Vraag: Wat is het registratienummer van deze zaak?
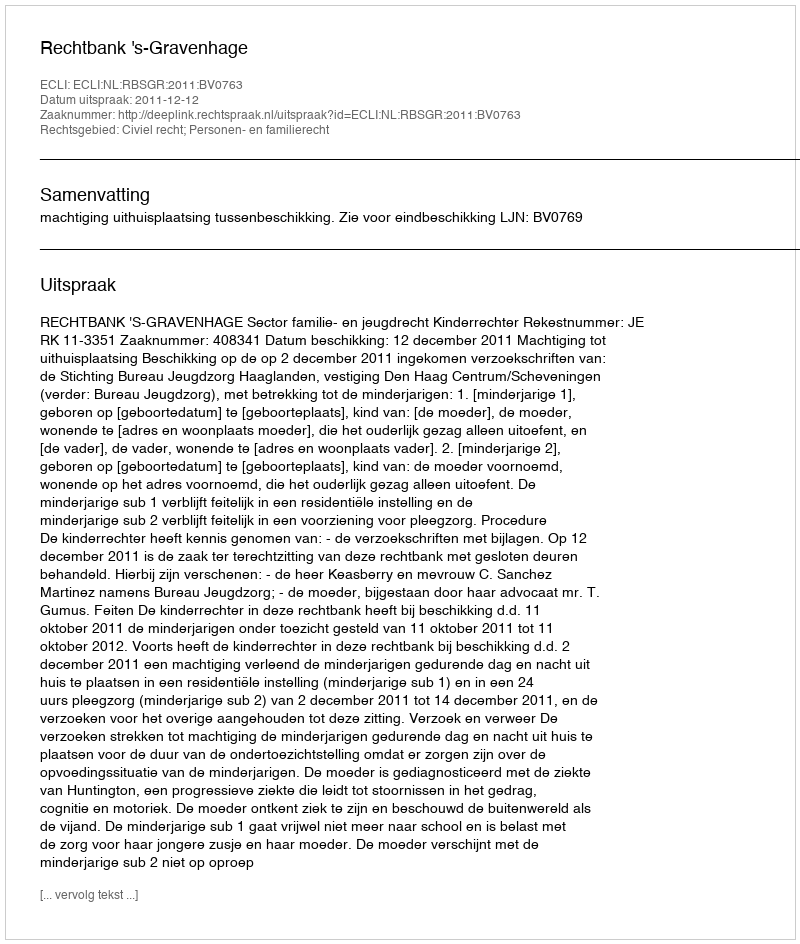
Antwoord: http://deeplink.rechtspraak.nl/uitspraak?id=ECLI:NL:RBSGR:2011:BV0763